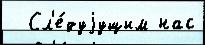
  Сл'е́дуjущим нас